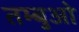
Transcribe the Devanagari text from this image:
तम्बुओ